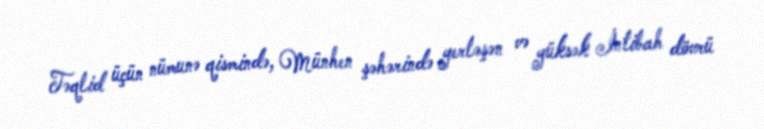
Təqlid üçün nümunə qismində, Münhen şəhərində yerləşən və yüksək İntibah dövrü